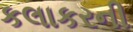
કલાકરની